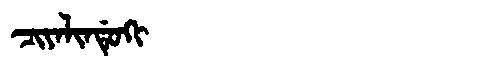
Manchu: ᠴᡳᠶᠠᠯᡳᠨᡩᡠᡴᡳ
Romanization: CIYALINDUKI